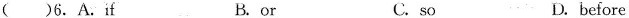
( )6.A.If B.or C.so D.before